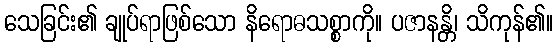
သေခြင်း၏ ချုပ်ရာဖြစ်သော နိရောဓသစ္စာကို။ ပဇာနန္တိ၊ သိကုန်၏။